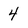
Character: 4